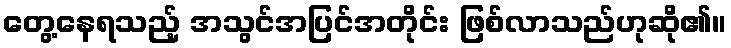
တွေ့နေရသည့် အသွင်အပြင်အတိုင်း ဖြစ်လာသည်ဟုဆို၏။